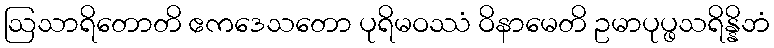
ဩသာရိတောတိ ဧကဒေသတော ပုရိမဝဿံ ဝိနာမေတိ ဥမာပုပ္ဖသရိန္နိဘံ